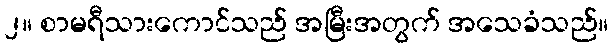
၂။ စာမရီသားကောင်သည် အမြီးအတွက် အသေခံသည်။